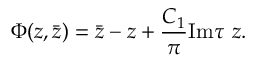
\Phi ( z , \bar { z } ) = \bar { z } - z + \frac { C _ { 1 } } { \pi } \mathrm { I m } \tau ~ z .